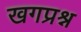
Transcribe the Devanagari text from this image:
खगप्रश्न